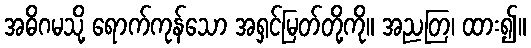
အဓိဂမသို့ ရောက်ကုန်သော အရှင်မြတ်တို့ကို။ အညတြ၊ ထား၍။